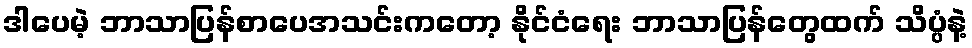
ဒါပေမဲ့ ဘာသာပြန်စာပေအသင်းကတော့ နိုင်ငံရေး ဘာသာပြန်တွေထက် သိပ္ပံနဲ့